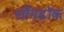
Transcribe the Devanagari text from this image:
लाँगडॉक